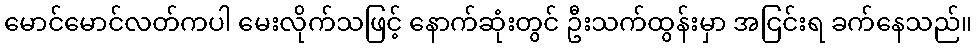
မောင်မောင်လတ်ကပါ မေးလိုက်သဖြင့် နောက်ဆုံးတွင် ဦးသက်ထွန်းမှာ အငြင်းရ ခက်နေသည်။